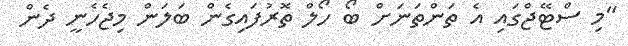
"މި ސްޓޭޖްގައި އެ ތަންތަނަށް ބޯ ހޯލް ތޮރުފައިގެން ބަލަން މިޖެހެނީ ދެން